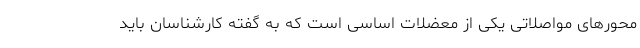
محورهای مواصلاتی یکی از معضلات اساسی است که به گفته کارشناسان باید